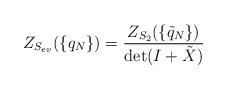
LaTeX: \begin{align*}Z_{S_{ev}}(\{q_N\})=\frac{Z_{S_2}(\{\tilde q_N\})}{\det(I+\tilde X)}\end{align*}